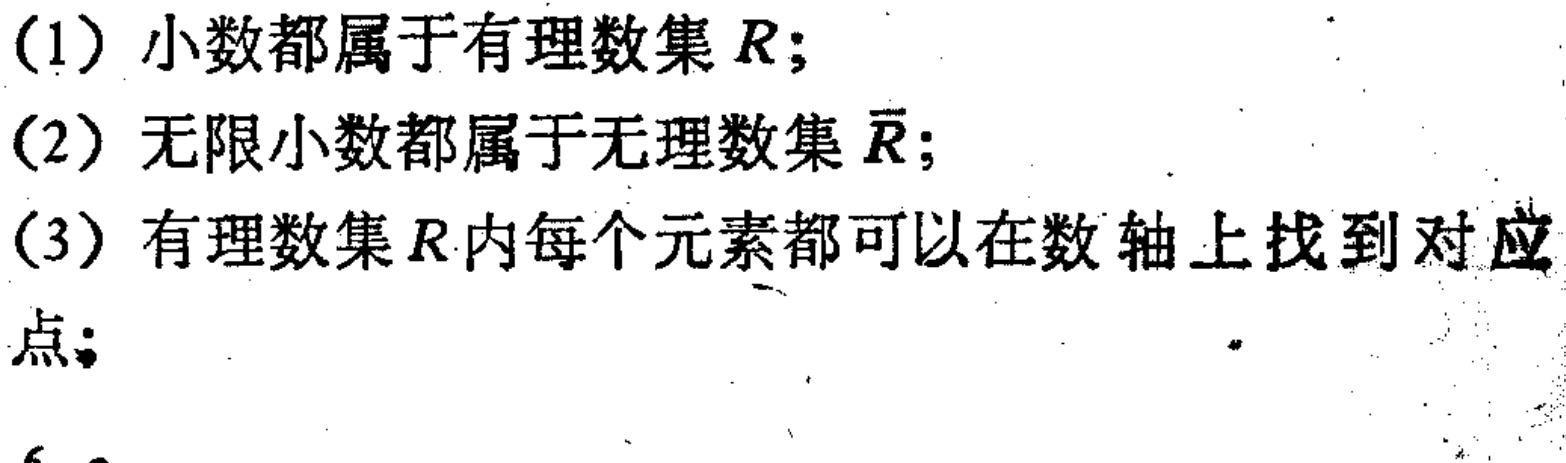
(1) 小数都属于有理数集 \(R\);
(2) 无限小数都属于无理数集 \(\overline{R}\);
(3) 有理数集 \(R\)内每个元素都可以在数轴上找到对应点;